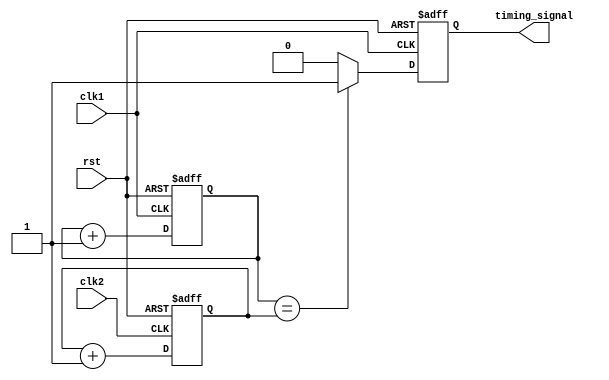
module IntervalTimer (
    input wire clk1,
    input wire clk2,
    input wire rst,
    output reg timing_signal
);

reg [31:0] counter;
reg [31:0] predefined_interval;

always @(posedge clk1 or posedge rst) begin
    if (rst) begin
        counter <= 0;
    end else begin
        counter <= counter + 1;
    end
end

always @(posedge clk2 or posedge rst) begin
    if (rst) begin
        predefined_interval <= 0;
    end else begin
        predefined_interval <= predefined_interval + 1;
    end
end

always @(posedge clk1 or posedge rst) begin
    if (rst) begin
        timing_signal <= 0;
    end else begin
        if (counter == predefined_interval) begin
            timing_signal <= 1;
        end else begin
            timing_signal <= 0;
        end
    end
end

endmodule